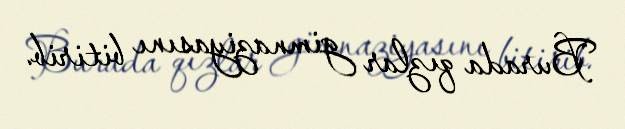
Burada qızlar gimnaziyasını bitirib.